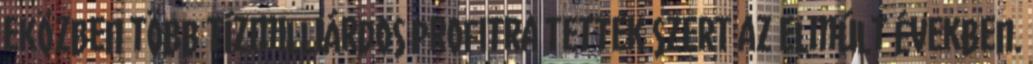
eközben több tízmilliárdos profitra tettek szert az elmúlt években.